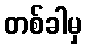
တစ်ခါမှ